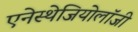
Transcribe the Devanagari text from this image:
एनेस्थेजियोलॉजी